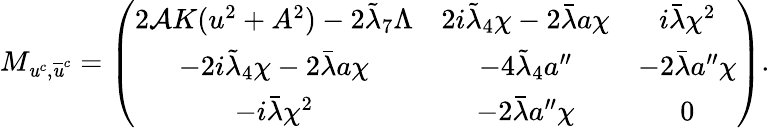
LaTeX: M_{\mathit{u}^{c},\overline{{{{\mathit{u}}}}}^{c}}=\left(\begin{array}{ccc}{{2{\cal A}K(u^{2}+A^{2})-2\tilde{\lambda}_{7}\Lambda}}&{{2i\tilde{\lambda}_{4}\chi-2\bar{\lambda}a\chi}}&{{i\bar{\lambda}\chi^{2}}}\\ {{-2i\tilde{\lambda}_{4}\chi-2\bar{\lambda}a\chi}}&{{-4\tilde{\lambda}_{4}a^{\prime\prime}}}&{{-2\bar{\lambda}a^{\prime\prime}\chi}}\\ {{-i\bar{\lambda}\chi^{2}}}&{{-2\bar{\lambda}a^{\prime\prime}\chi}}&{{0}}\end{array}\right).